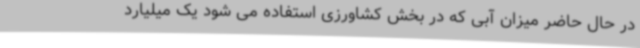
در حال حاضر میزان آبی که در بخش کشاورزی استفاده می شود یک میلیارد